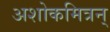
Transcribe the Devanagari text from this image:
अशोकमित्रन्